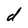
Character: d